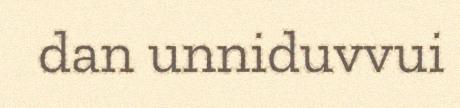
dan unniduvvui